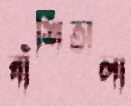
বাঁশিঅলা